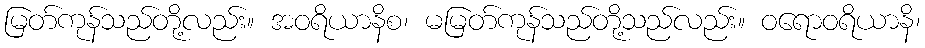
မြတ်ကုန်သည်တို့လည်း။ အဝရိယာနိစ၊ မမြတ်ကုန်သည်တို့သည်လည်း။ ဝရောဝရိယာနိ၊